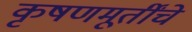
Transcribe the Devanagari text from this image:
कृषणमूर्तींचे